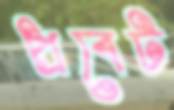
প্রবেট